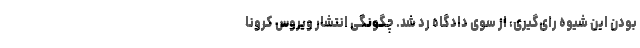
بودن این شیوه رای‌گیری، از سوی دادگاه رد شد. چگونگی انتشار ویروس کرونا